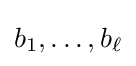
b_{1},\ldots ,b_{\ell }